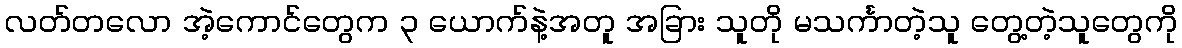
လတ်တလော အဲ့ကောင်တွေက ၃ ယောက်နဲ့အတူ အခြား သူတို မသင်္ကာတဲ့သူ တွေ့တဲ့သူတွေကို